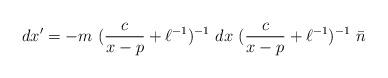
LaTeX: \begin{align*}dx'=-m~(\frac{c}{x-p}+\ell^{-1})^{-1}~dx~(\frac{c}{x-p}+ \ell^{-1})^{-1}~\bar{n}\end{align*}